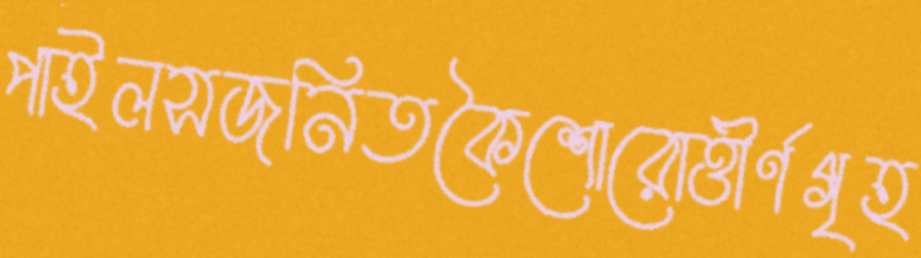
পাইলসজনিতকৈশোরোত্তীর্ণগৃহ